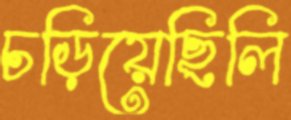
চড়িয়েছিলি